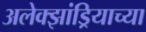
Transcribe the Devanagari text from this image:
अलेक्झांड्रियाच्या